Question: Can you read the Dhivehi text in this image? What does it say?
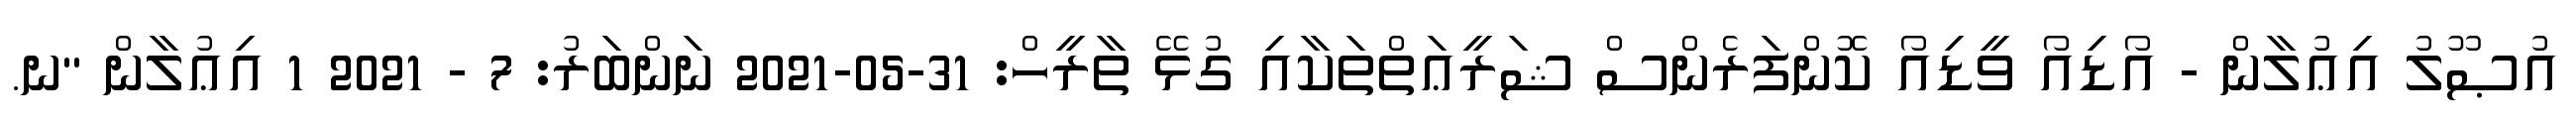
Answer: އުޞޫލު އިޢުލާން - އޯޑިއޯ ވީޑިއޯ ކޮންފަރެންސް ޝަރީޢަތްތަކާއި ގުޅޭ ތާރީހް: 31-05-2021 ނަންބަރު: 7 - 2021 1 އިޢުލާން "ނ.